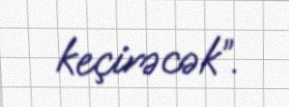
keçirəcək”.